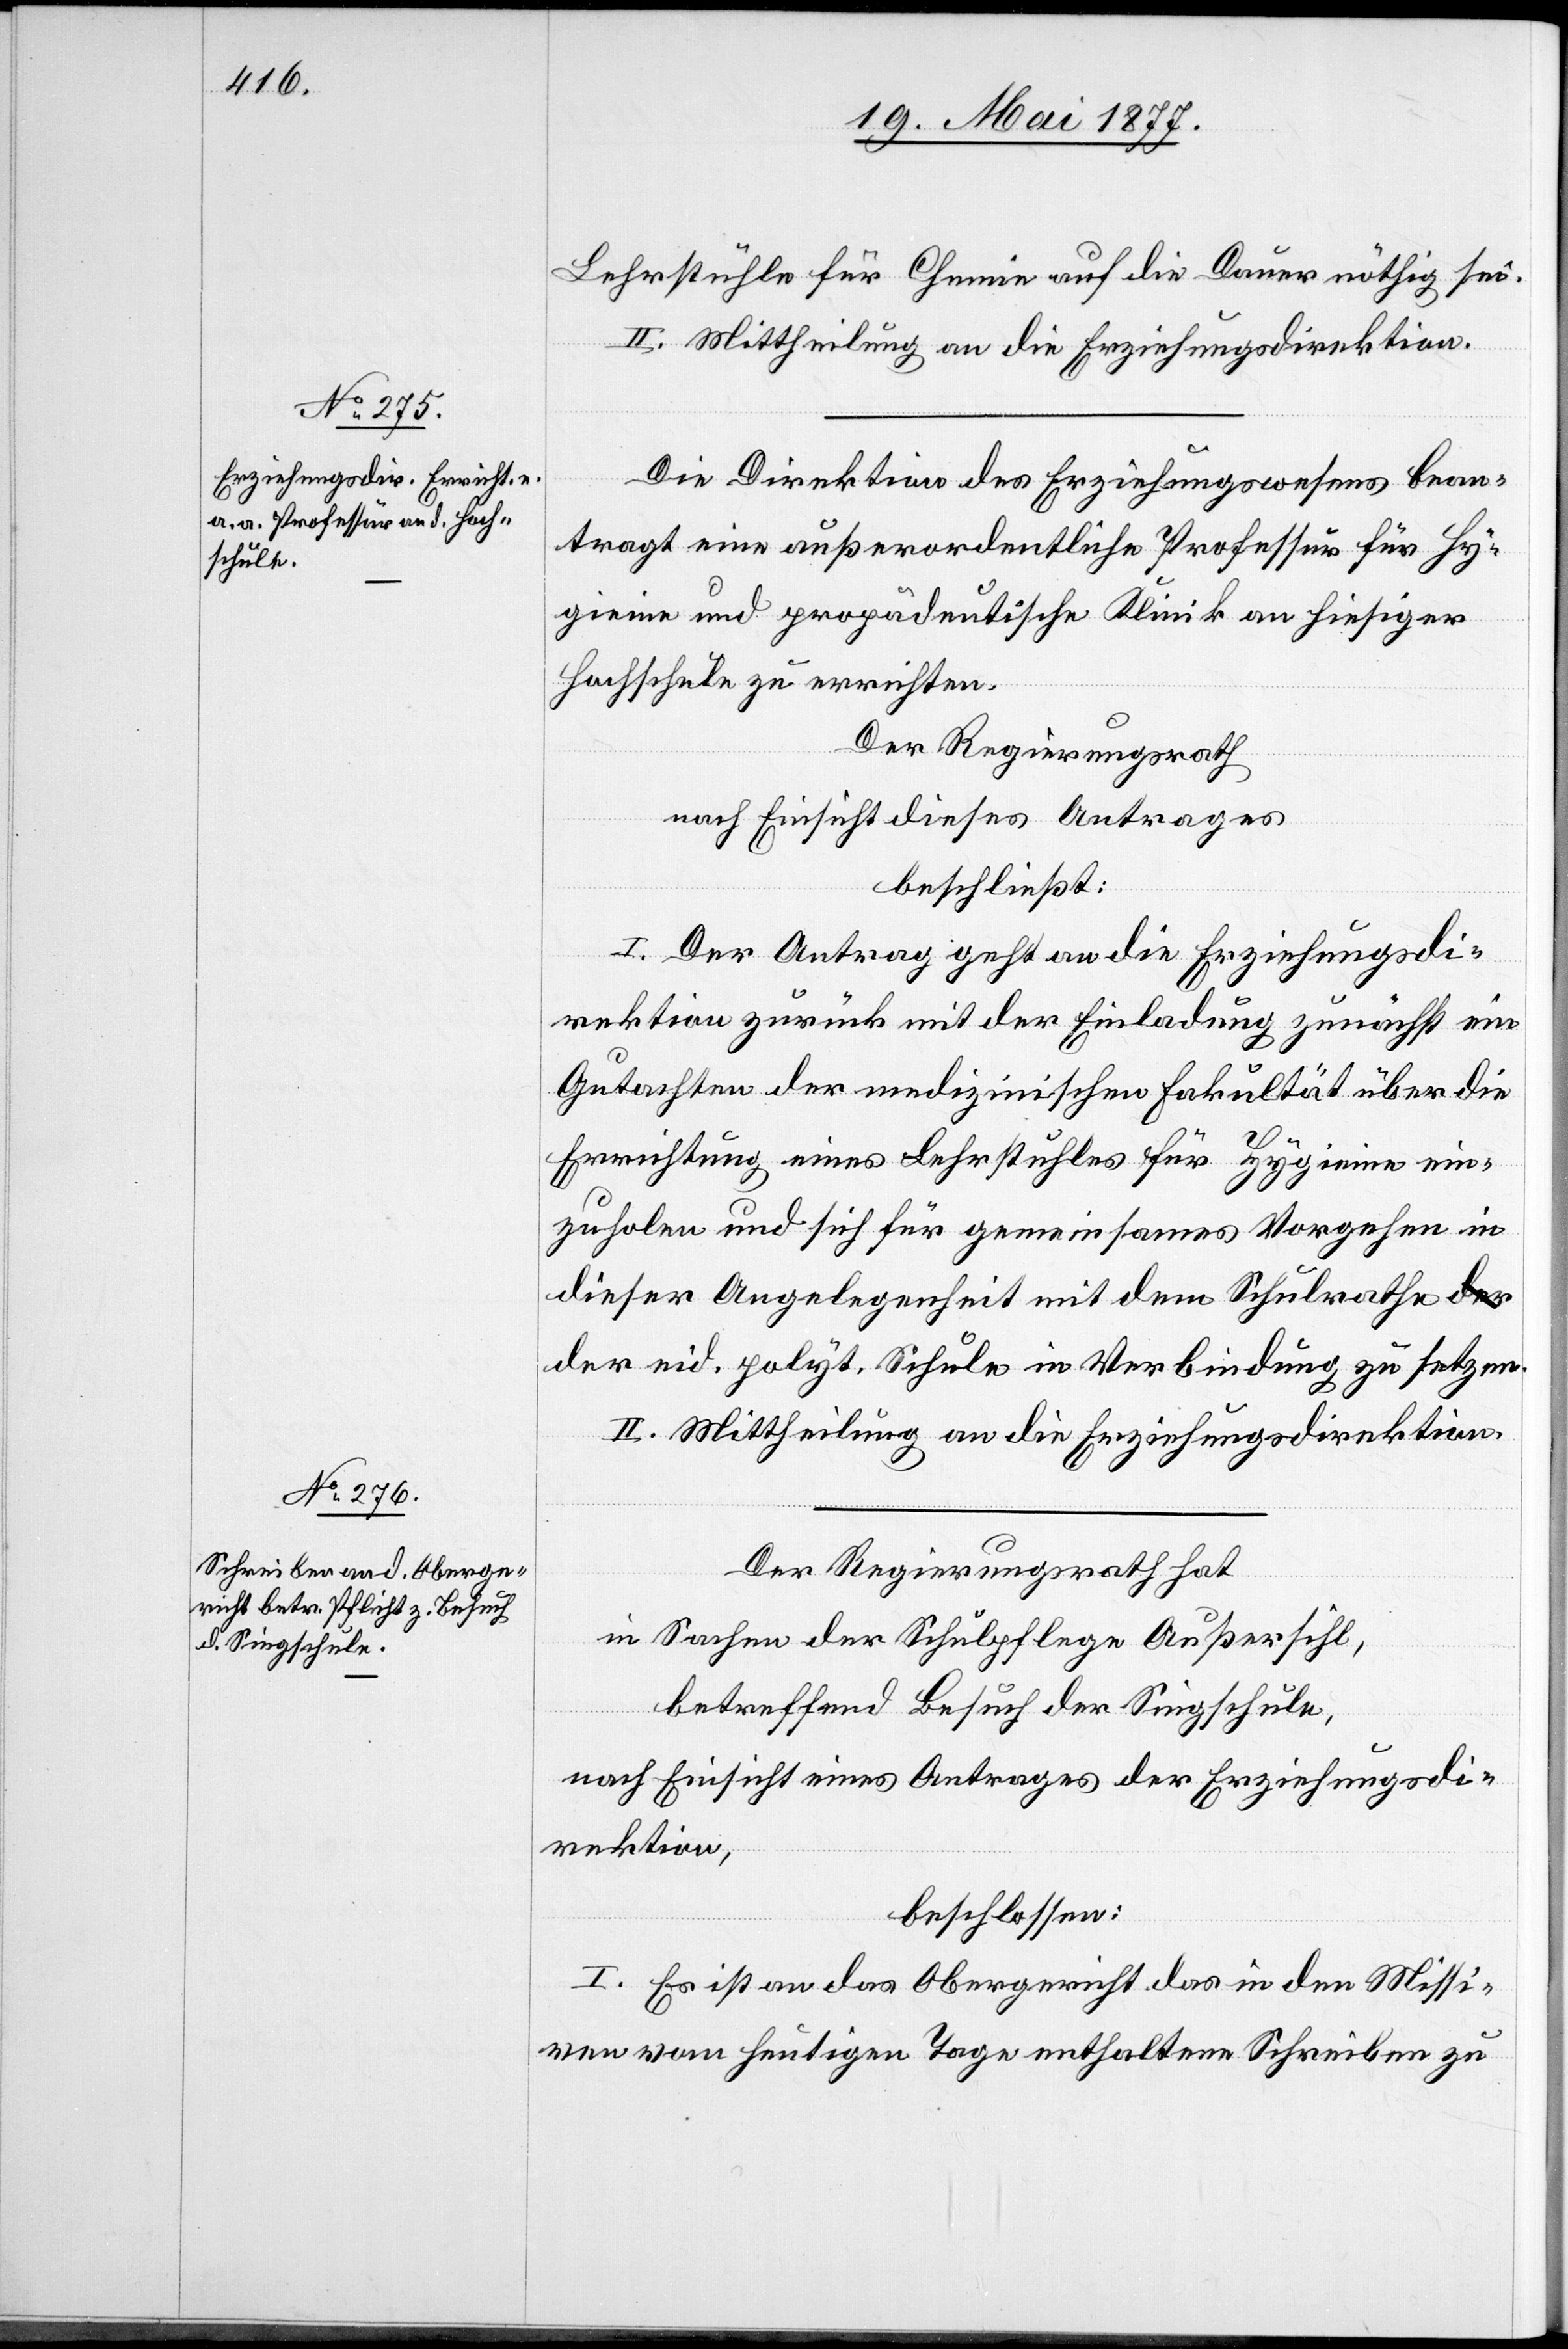
Lehrstühle für Chemie auf die Dauer nöthig sei.
II. Mittheilung an die Erziehungsdirektion.
Die Direktion des Erziehungswesens bean¬
tragt eine außerordentliche Professur für Hy¬
gieine und propädeutische Klinik an hiesiger
Hochschule zu errichten.
Der Regierungsrath,
nach Einsicht dieses Antrages,
beschließt:
I. Der Antrag geht an die Erziehungsdi¬
rektion zurück mit der Einladung zunächst ein
Gutachten der medizinischen Fakultät über die
Errichtung eines Lehrstuhles für Hygieine ein¬
zuholen und sich für gemeinsames Vorgehen in
dieser Angelegenheit mit dem Schulrathe
der eid. polyt. Schule in Verbindung zu setzen.
II. Mittheilung an die Erziehungsdirektion.
Der Regierungsrath hat
in Sachen der Schulpflege Außersihl,
betreffend Besuch der Singschule,
nach Einsicht eines Antrages der Erziehungsdi¬
rektion,
beschlossen:
I. Es ist an das Obergericht das in den Missi¬
ven vom heutigen Tage enthaltene Schreiben zu